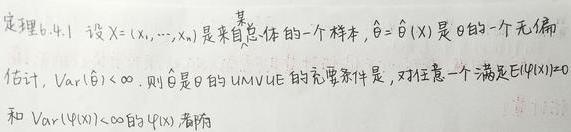
定理6.4.1 设$X=(X_1,\cdots,X_n)$是来自总体的一个样本，$\hat{\theta}=\hat{\theta}(X)$是$\theta$的一个无偏估计，$Var(\hat{\theta})<\infty$. 则$\hat{\theta}$是$\theta$的UMVUE的充要条件是，对任意一个满足$E(\psi(X)) = 0$和$Var(\psi(X))<\infty$的$\psi(X)$有